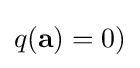
q(\mathbf {a} )=0)